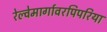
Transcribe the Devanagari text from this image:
रेल्वेमार्गावरपिपरिया